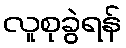
လူစုခွဲရန်